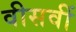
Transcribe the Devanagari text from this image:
वीसवीं